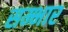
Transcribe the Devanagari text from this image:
सम्भार